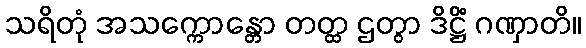
သရိတုံ အသက္ကောန္တော တတ္ထ ဌတွာ ဒိဋ္ဌိံ ဂဏှာတိ။